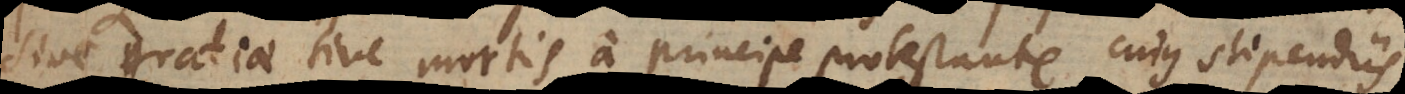
sive gratiae sive mortis a principe protestante cujus stipendiis